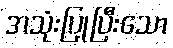
အသုံးပြုပြီးသော